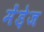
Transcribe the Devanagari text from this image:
मेंडे़ज